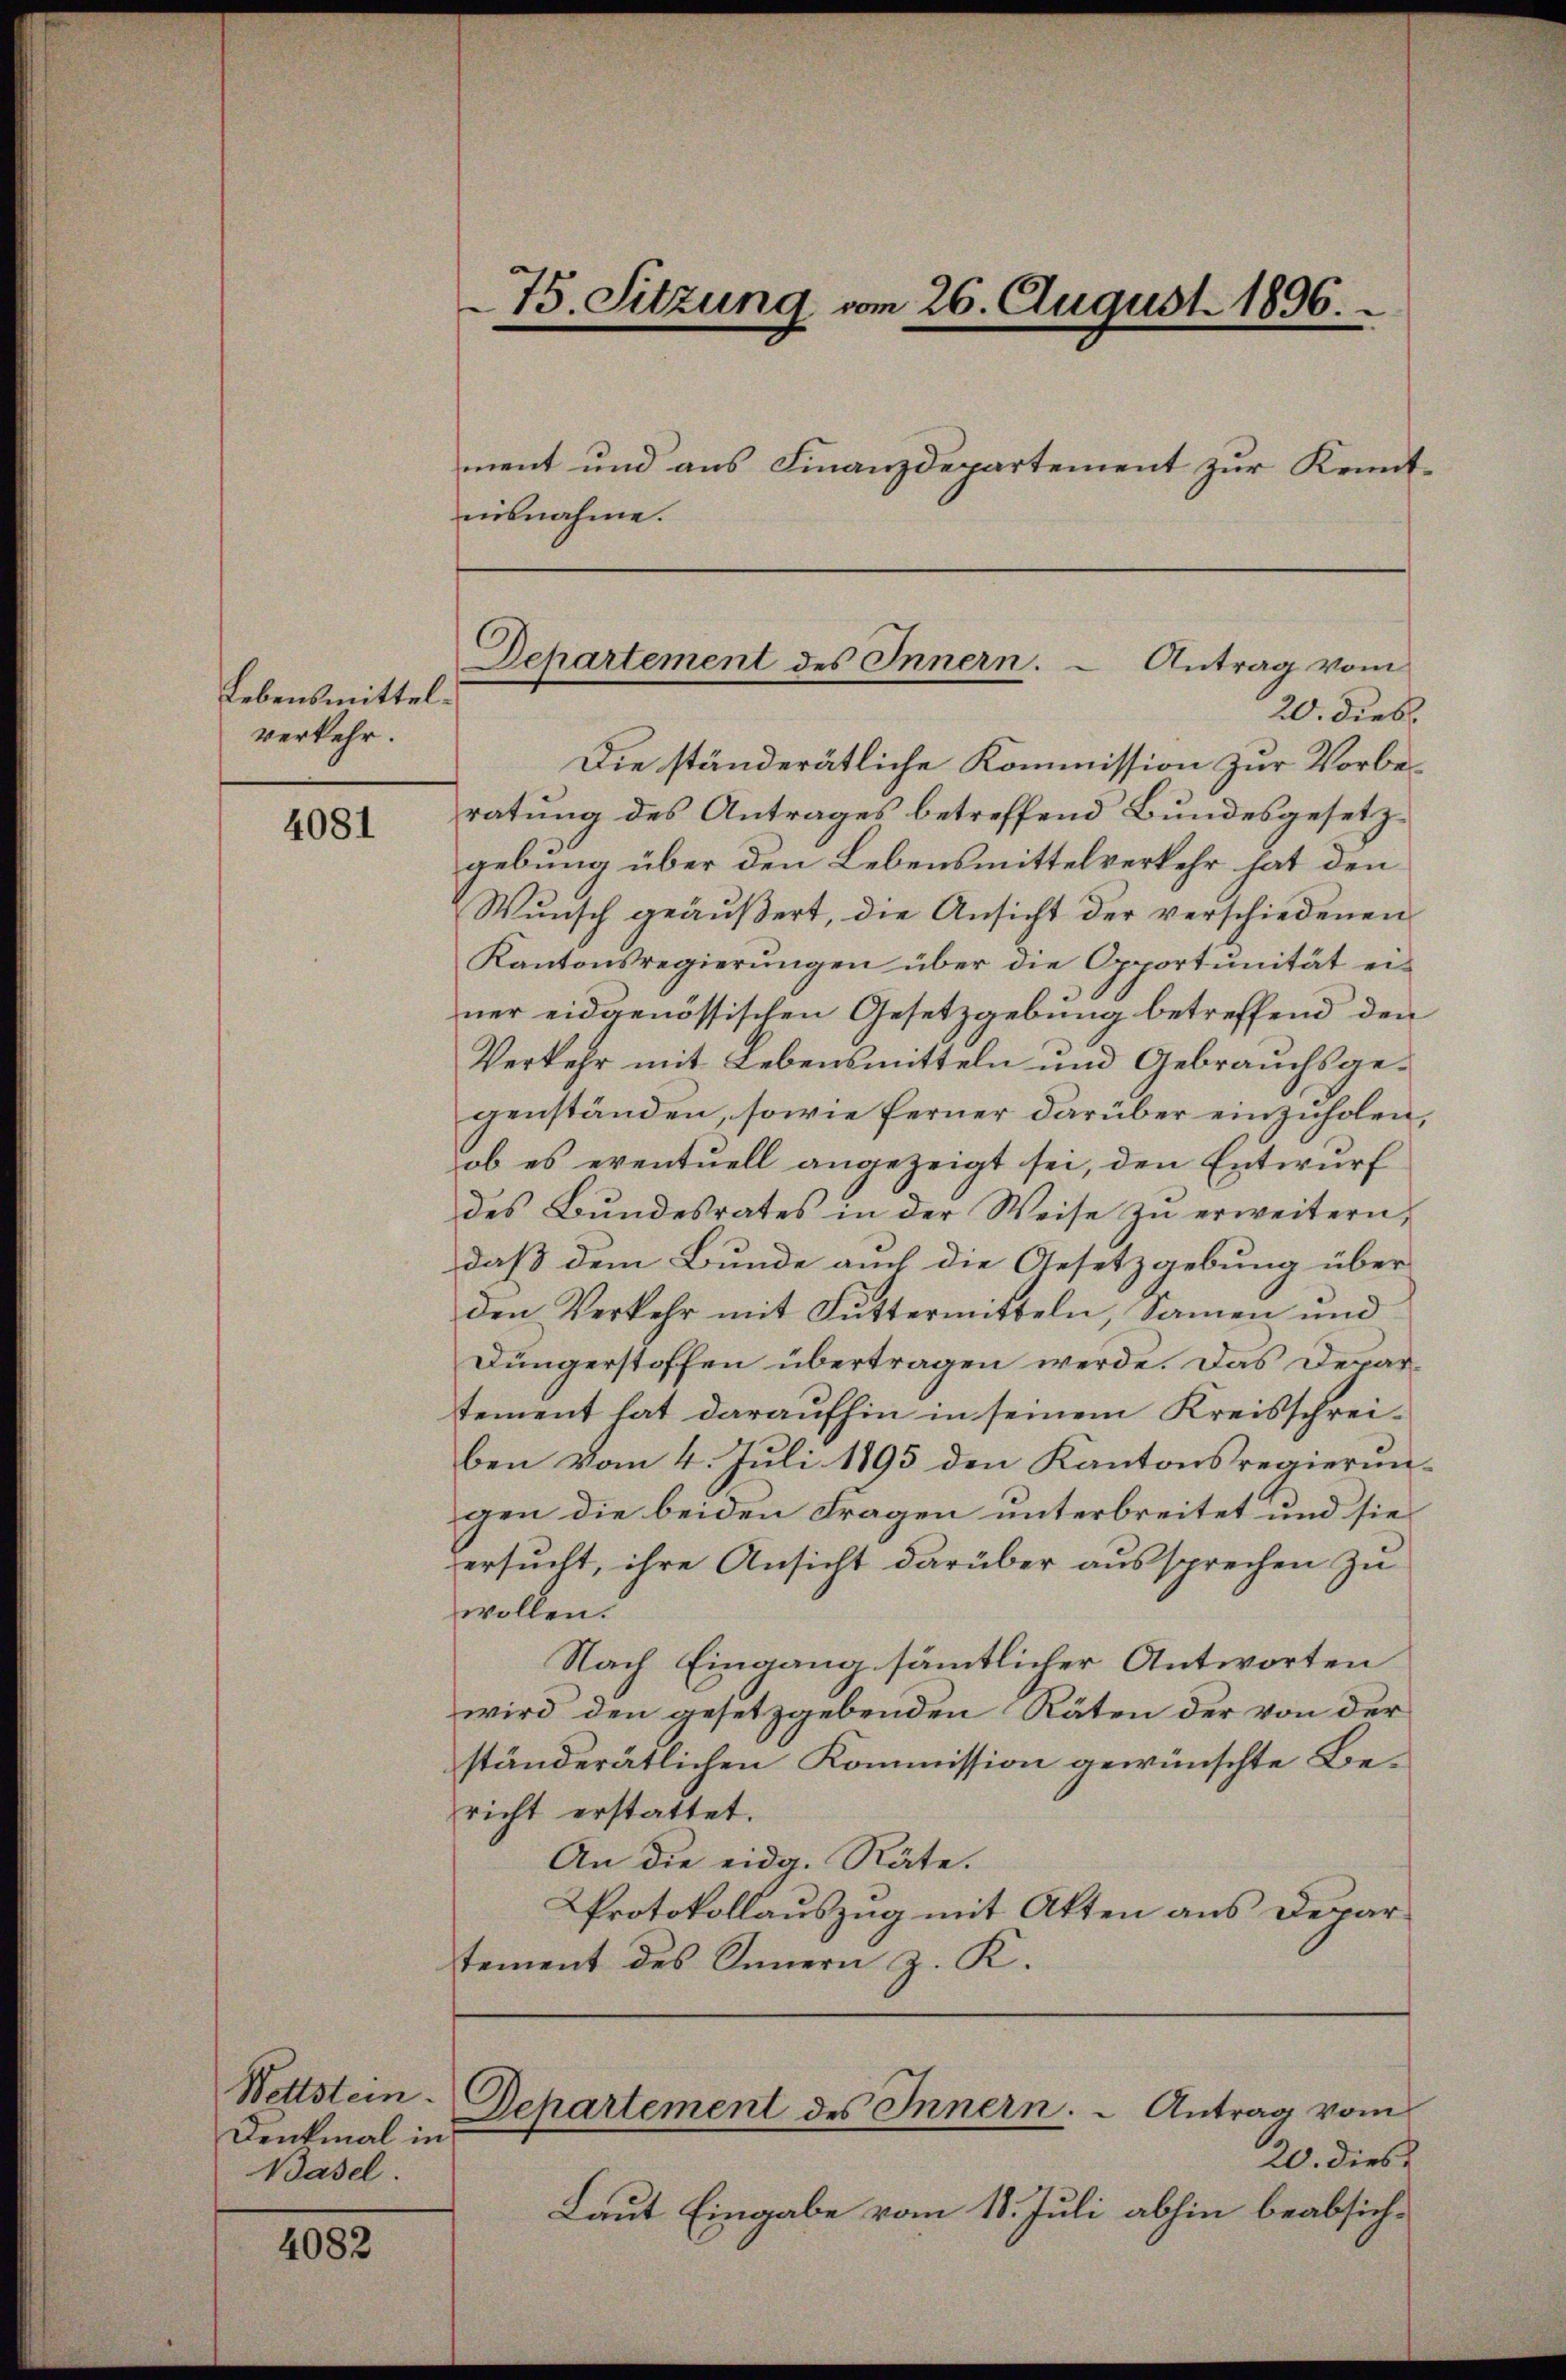
4081

4082

Lebensmittelverkehr.

Die ständerätliche Kommission zur Vorberatung des Antrages betreffend Bundesgesetzgebung über den Lebensmittelverkehr hat den
Wunsch geäußert, die Ansicht der verschiedenen
Kantonsregierŭngen über die Opportŭnität ei-
ner eidgenössischen Gesetzgebung betreffend den
Verkehr mit Lebensmitteln und Gebrauchsgegenständen, sowie ferner darüber einzuholen,
ob es eventuell angezeigt sei, den Entwurf
des Bŭndesrates in der Weise zŭ erweitern,
daß dem Bunde auch die Gesetzgebung über
den Verkehr mit Futtermitteln, Samen und
Düngerstoffen übertragen werde. Das Departement hat daraufhin in seinem Kreisschreiben vom 4. Juli 1895 den Kantonsregierungen die beiden Fragen unterbreitet und sie
ersucht, ihre Ansicht darüber aussprechen zu
wollen.
Nach Eingang sämmtlicher Antworten
wird den gesetzgebenden Räten der von der
ständerätlichen Kommission gewünschte Bericht erstattet.
An die eidg. Räte.
Protokollauszug mit Akten aus Depar
tement des Innern z. K.
Departement des Innern. Antrag vom
20. dies
Laut Eingabe vom 18. Juli abhin beabsich¬

Wettstein.
Denkmal in
Basel.

75. Sitzung vom 26. August 1896.
ment und aus Finanzdepartement zur Kenntnisnahme.

Departement des Innern.  Antrag vom
20. dies